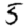
Digit: 5